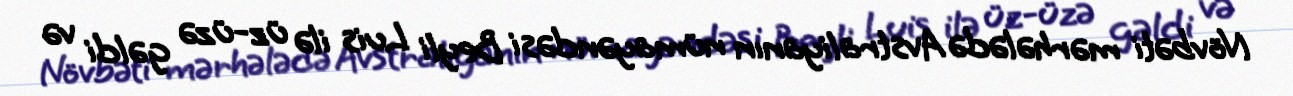
Növbəti mərhələdə Avstraliyanın nümayəndəsi Beyli Luis ilə üz-üzə gəldi və